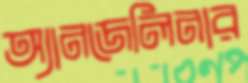
অ্যানজেলিনার